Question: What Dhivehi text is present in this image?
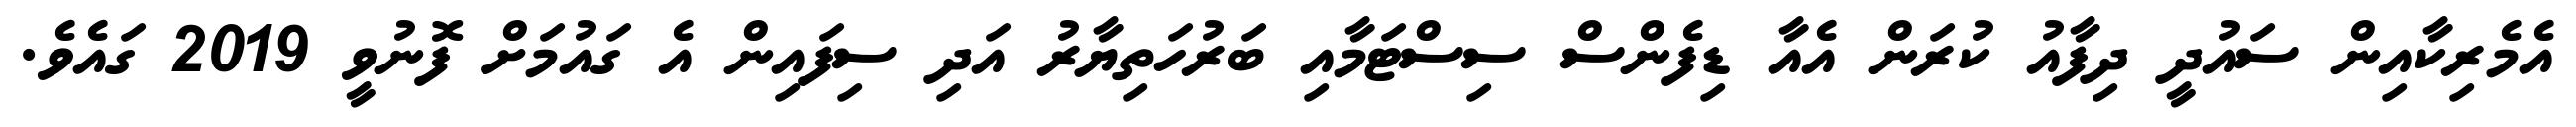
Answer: އެމެރިކާއިން ސައުދީ ދިފާއު ކުރަން އެއާ ޑިފެންސް ސިސްޓަމާއި ބަރުހަތިޔާރު އަދި ސިފައިން އެ ގައުމަށް ފޮނުވީ 2019 ގައެވެ.